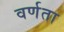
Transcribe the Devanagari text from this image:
वर्णता